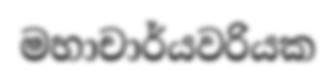
මහාචාර්යවරියක